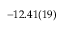
- 1 2 . 4 1 ( 1 9 )